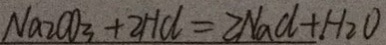
N a _ { 2 } O O _ { 3 } + 2 H d = 2 N a d + H _ { 2 } O